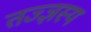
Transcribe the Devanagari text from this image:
तज्ज्ञस्य